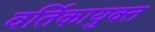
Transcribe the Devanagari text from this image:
वर्तिकायुक्त